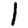
Digit: 1